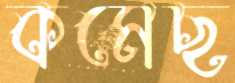
কমেছ